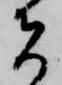
者